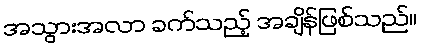
အသွားအလာ ခက်သည့် အချိန်ဖြစ်သည်။